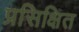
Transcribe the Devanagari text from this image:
प्रसिक्षित